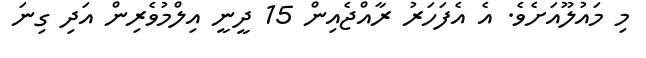
މި މައުލޫއަށެވެ. އެ އެފަހަރު ރާއްޖެއިން 15 ދީނީ އިލްމުވެރިން އަދި ގިނަ